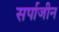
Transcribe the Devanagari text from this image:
सर्पाजीन